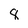
Character: 8